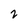
Character: 2